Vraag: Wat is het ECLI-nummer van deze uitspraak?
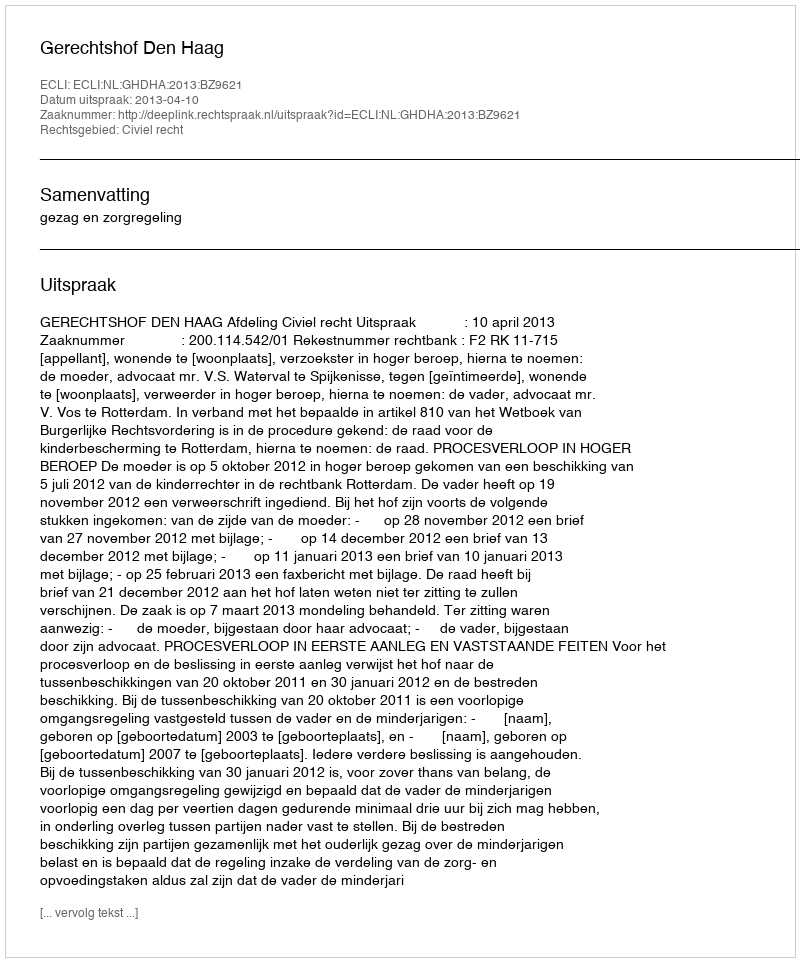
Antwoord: ECLI:NL:GHDHA:2013:BZ9621